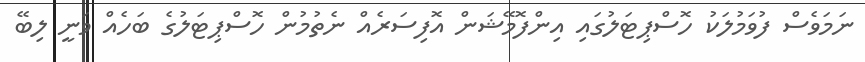
ނަމަވެސް ފުވަމުލަކު ހޮސްޕިޓަލުގައި އިންފޮމޭޝަން އޮފިސަރެއް ނެތުމުން ހޮސްޕިޓަލުގެ ބަހެއް ވަނީ ލިބޭ